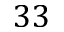
3 3